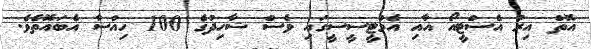
އޮތް އިރު އެސްޓީއޯ އާއި އެމްޓީސީސީގައި ވެސް ޝާހިދުގެ 100 ހިއްސާ އެބައޮތެވެ.